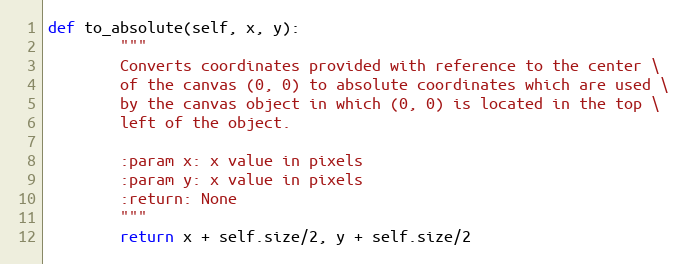
Language: Python
def to_absolute(self, x, y):
        """
        Converts coordinates provided with reference to the center \
        of the canvas (0, 0) to absolute coordinates which are used \
        by the canvas object in which (0, 0) is located in the top \
        left of the object.

        :param x: x value in pixels
        :param y: x value in pixels
        :return: None
        """
        return x + self.size/2, y + self.size/2